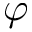
\varphi